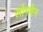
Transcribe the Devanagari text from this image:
लोगचेन